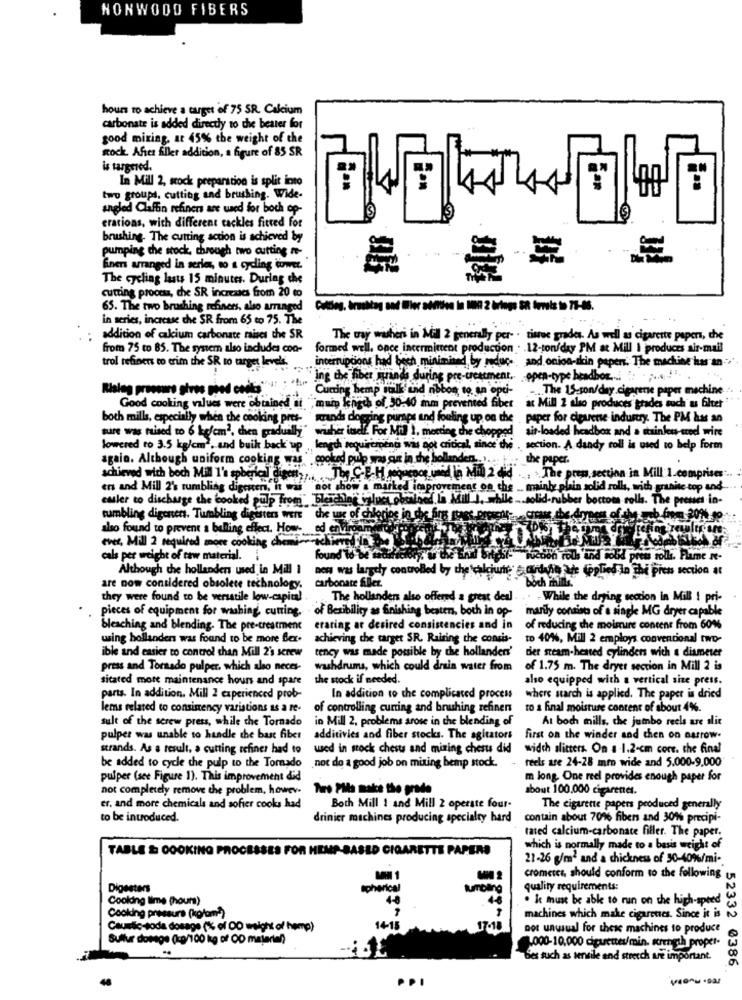
NONWODD FIBERS
hours to achieve a target of 75 SR. Calcium
carbonate is added directly to the bester for
good mixing, at 45% the weight of the
Rock After filler addition, a figure of 85 SR
is targried.
In Mill 2, wock preparation is split into
two groups, cutting and brushing. Wide-
angled Claffin refiners are used for both op-
erations, with different cackles fitted for
brushing. The cutting action is achieved by
pumping the stock, through two cutting -
Eners arranged in series, wo a cycling wwer.
The cycling lasts 15 minutes. During che
cutting process, che SR increases from 20 to
65. The two brushing refiners, also arranged
in series, increase the SR from 65 to 75. The
.....
addition of calcium carbonate raises the SR
The way withers in Mill 2 generally per- . tissue grades. As well as cigarette papers, the
from 75 to 85. The system also includes con-
formed well, once incermittent production . . 12-ton/day PM at Mill I produces air-mail
trol refiners to erim the SR to target levels.
interruptions had bech minimised by reduc- and onion-skin papers. The machine has an -
Ing the fiber grands during pre-treatment. open-type headbor ... .. . .... ! ".
Curting hemp sulk and nbbon, to an opti-
... The 15-son/day.cigarene paper machine
Good cooking values were obtained ti
chgch of 30:40 mm prevented fiber ac Mill 2 slo produces grades such us filter
both mills, especially when the cooking pres-
strands dogring puraps and fouling up on the paper for cipuente industry. The PM has an
sure was raised to 6 kg/cm2, chen gradually"
wither indf. For Mil 1, meeting the chopped
sit-loaded headbox and a stainless-ered wire
lowered to 3.5 kg/cm2. and buik back UP
length requirement was not critical, since the . section. A dandy roll is used to help form
opoled pulp was our in the b
challendes .. .
the paper.
again. Although uniform cooking was .99
achieved with boch Mill 1's spherical disent ,.. The C.E.H pequenos used la Mil 2 did"
... .. The press, section in Mill 1.comprises".
ers and Mill 2's rumbling digeren, it was not show'a marked improvement on the _ mainly plain solid rolls, with granite top and
euler to discharge the booked pulp from" "bleschlor values obalned In Mill ), while .. solid-rubber boctom roll. The preses in-
tumbling digeners. Turabling digesters were the use of chi
also found to prevent a balling effect. How- ed envin
ever, Mill 2 required more cooking chemier tchien
cals per weight of taw material.
found'
the Enul Bytes(- wedon rous ind solid press roll. Flame re-
Although che hollanden used in Mill 1
Den was largely controlled by the calciumis e cuidaheute Coplied in the press section at
are now considered obsolete technology, carbonate filler.
they were found to be versatile low-capital
The hollander also offered a great deal . .. . While the drying section in Mill ! pri-
pieces of equipment for washing, cutting. of Besibility as finishing besten, both in op- marily consists of a single MG dryer capable
bleaching and blending. The pre-treatment
eraring ar desired consistencies and in
of reducing the moisture content from 60%
using hollanders was found to be more flex.
achieving the target SR. Raising the consis-
to 40%, Mill 2 employs convencional two-
ible and easier to control chan Mill 2's screw
tency was made possible by the hollander'
dier steam-heated cylinders with a diameter
press and Tornado pulper, which also neces-
washdrums, which could drain water from
of 1.75 m. The dryer section in Mill 2 is
sitated more maintenance hours and spare
the stock if needed.
also equipped with a vertical site press.
parts. In addition. Mill 2 experienced prob-
In addition to the complicated process
where starch is applied. The paper is dried
lems related to consimency variations as a re-
of controlling curting and brushing refinen
to a final moisture content of about 4%.
sult of the screw press, while the Tornado
in Mill 2, problems arose in the blending of
At boch mills, che jumbo reels are alit
pulper was unable to handle the bast fiber
additivies and fiber stocks. The agitators
first on the winder and then on narrow.
strands. As a result, a cutting refiner had to
used in stock chests and mining chests did
width slitters. On a 1.2-cm core. the final
- reels are 24-28 mm wide and 5.000-9,000
be added to cycle the pulp to the Tomado
not do a good job on mixing hemp stock.
pulper (see Figure 1). This improvement did
m long. One reel provides enough paper for
not completely remove the problem, howev.
Tus Plis make the pride
about 100.000 cigarenet.
er. and more chemicals and sofier cooks had
Both Mill 1 and Mill 2 operate four-
The cigarette papers produced generally
to be introduced.
drinier machines producing specialty hard
contain about 70% fibers and 30% precipi-
rated calcium-carbonate filler. The paper.
TABLE & COOKING PROCESSES FOR HEMP-BASED CIGARETTE PAPERS
which is normally made to a basis weight of
21-26 g/m2 and a chickness of 30-40%/mi-
crometer, should conform to the following
Digesters
quality requirements:
Cookding lime (hours)
. k must be able to run on the high-speed
Cooking pressure (kolom*)
machines which make cigarettes. Since it is
Caustic-toda dosage (% of OD weight of hemp)
1415
7-18
not unusual for these machines to produce
Sullur domage (kp/100 kg of OD majerien)
000-10,000 diguettes/min. strength proper-
Bes such as servile and streech are important.
52332 0386
PPI